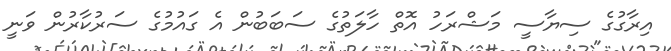
އިރާގުގެ ސިޔާސީ މަޝްރަހު އޮތް ހާލަތުގެ ސަބަބުން އެ ގައުމުގެ ސަރުކާރުން ވަނީ